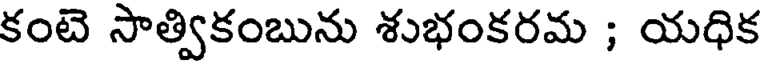
కంటె సాత్వికంబును శుభంకరమ ; యధిక